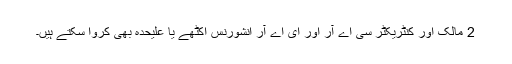
2 مالک اور کنٹریکٹر سی اے آر اور ای اے آر انشورنس اکٹھے یا علیحدہ بھی کروا سکتے ہیں۔